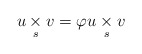
\begin{align*} u \underset{s}{\times}v= \varphi u\underset{s}{\times}v \end{align*}